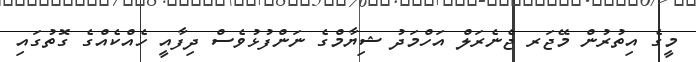
މީގެ އިތުރުން މޭޖަރ ޖެނެރަލް އަހްމަދު ޝިޔާމްގެ ނަންފުޅުވެސް ދިފާއީ ހެއްކެއްގެ ގޮތުގައި